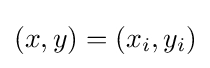
(x,y)=(x_{i},y_{i})